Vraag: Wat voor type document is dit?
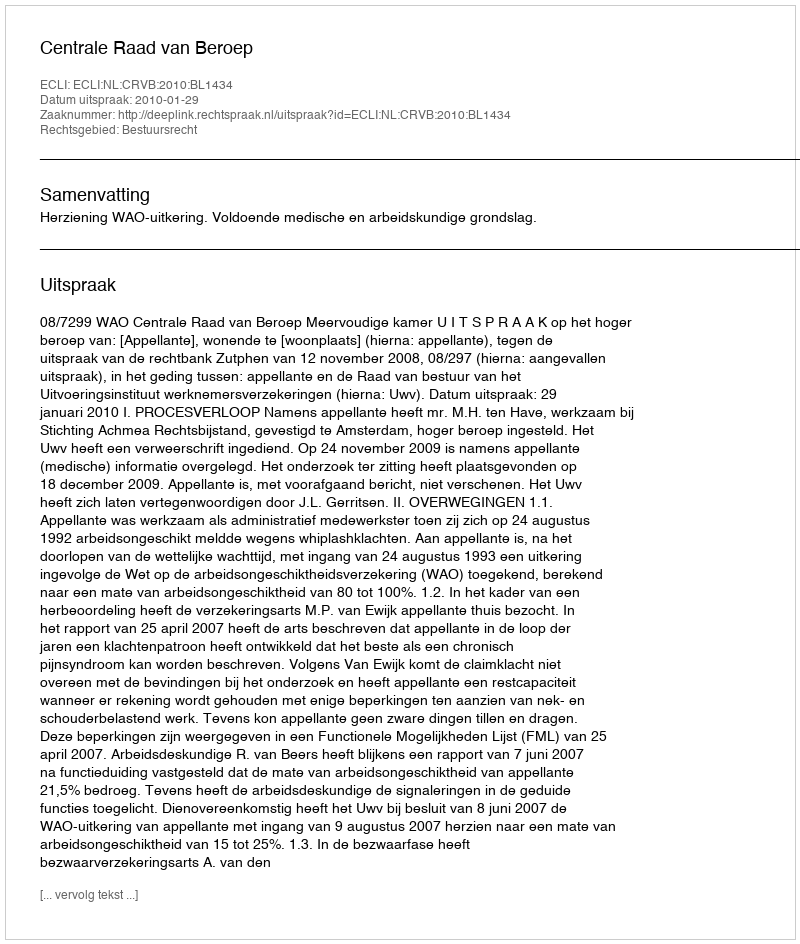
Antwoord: Uitspraak